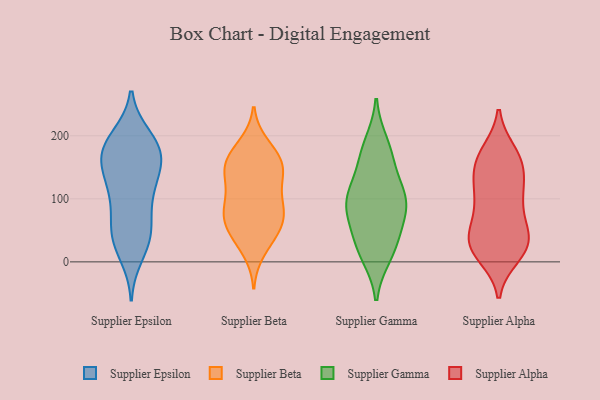
{"axis": {"x": "Revenue (USD Million)", "y": "Value"}, "legend": ["Supplier Alpha", "Supplier Beta", "Supplier Epsilon", "Supplier Gamma"], "data": [{"x": "", "y": 44, "type": "Supplier Epsilon"}, {"x": "", "y": 198, "type": "Supplier Epsilon"}, {"x": "", "y": 174, "type": "Supplier Epsilon"}, {"x": "", "y": 157, "type": "Supplier Epsilon"}, {"x": "", "y": 191, "type": "Supplier Epsilon"}, {"x": "", "y": 169, "type": "Supplier Epsilon"}, {"x": "", "y": 167, "type": "Supplier Epsilon"}, {"x": "", "y": 123, "type": "Supplier Epsilon"}, {"x": "", "y": 32, "type": "Supplier Epsilon"}, {"x": "", "y": 159, "type": "Supplier Epsilon"}, {"x": "", "y": 175, "type": "Supplier Epsilon"}, {"x": "", "y": 125, "type": "Supplier Epsilon"}, {"x": "", "y": 46, "type": "Supplier Epsilon"}, {"x": "", "y": 107, "type": "Supplier Epsilon"}, {"x": "", "y": 11, "type": "Supplier Epsilon"}, {"x": "", "y": 195, "type": "Supplier Epsilon"}, {"x": "", "y": 34, "type": "Supplier Epsilon"}, {"x": "", "y": 66, "type": "Supplier Epsilon"}, {"x": "", "y": 82, "type": "Supplier Epsilon"}, {"x": "", "y": 122, "type": "Supplier Epsilon"}, {"x": "", "y": 73, "type": "Supplier Beta"}, {"x": "", "y": 167, "type": "Supplier Beta"}, {"x": "", "y": 99, "type": "Supplier Beta"}, {"x": "", "y": 152, "type": "Supplier Beta"}, {"x": "", "y": 87, "type": "Supplier Beta"}, {"x": "", "y": 84, "type": "Supplier Beta"}, {"x": "", "y": 178, "type": "Supplier Beta"}, {"x": "", "y": 37, "type": "Supplier Beta"}, {"x": "", "y": 144, "type": "Supplier Beta"}, {"x": "", "y": 58, "type": "Supplier Beta"}, {"x": "", "y": 130, "type": "Supplier Beta"}, {"x": "", "y": 62, "type": "Supplier Beta"}, {"x": "", "y": 135, "type": "Supplier Beta"}, {"x": "", "y": 17, "type": "Supplier Beta"}, {"x": "", "y": 150, "type": "Supplier Beta"}, {"x": "", "y": 66, "type": "Supplier Beta"}, {"x": "", "y": 99, "type": "Supplier Beta"}, {"x": "", "y": 186, "type": "Supplier Beta"}, {"x": "", "y": 41, "type": "Supplier Beta"}, {"x": "", "y": 154, "type": "Supplier Beta"}, {"x": "", "y": 187, "type": "Supplier Gamma"}, {"x": "", "y": 17, "type": "Supplier Gamma"}, {"x": "", "y": 47, "type": "Supplier Gamma"}, {"x": "", "y": 11, "type": "Supplier Gamma"}, {"x": "", "y": 34, "type": "Supplier Gamma"}, {"x": "", "y": 163, "type": "Supplier Gamma"}, {"x": "", "y": 167, "type": "Supplier Gamma"}, {"x": "", "y": 83, "type": "Supplier Gamma"}, {"x": "", "y": 101, "type": "Supplier Gamma"}, {"x": "", "y": 92, "type": "Supplier Gamma"}, {"x": "", "y": 84, "type": "Supplier Gamma"}, {"x": "", "y": 109, "type": "Supplier Gamma"}, {"x": "", "y": 110, "type": "Supplier Gamma"}, {"x": "", "y": 28, "type": "Supplier Alpha"}, {"x": "", "y": 11, "type": "Supplier Alpha"}, {"x": "", "y": 77, "type": "Supplier Alpha"}, {"x": "", "y": 19, "type": "Supplier Alpha"}, {"x": "", "y": 161, "type": "Supplier Alpha"}, {"x": "", "y": 23, "type": "Supplier Alpha"}, {"x": "", "y": 113, "type": "Supplier Alpha"}, {"x": "", "y": 130, "type": "Supplier Alpha"}, {"x": "", "y": 30, "type": "Supplier Alpha"}, {"x": "", "y": 168, "type": "Supplier Alpha"}, {"x": "", "y": 157, "type": "Supplier Alpha"}, {"x": "", "y": 43, "type": "Supplier Alpha"}, {"x": "", "y": 105, "type": "Supplier Alpha"}, {"x": "", "y": 33, "type": "Supplier Alpha"}, {"x": "", "y": 151, "type": "Supplier Alpha"}, {"x": "", "y": 173, "type": "Supplier Alpha"}, {"x": "", "y": 39, "type": "Supplier Alpha"}, {"x": "", "y": 77, "type": "Supplier Alpha"}, {"x": "", "y": 109, "type": "Supplier Alpha"}]}